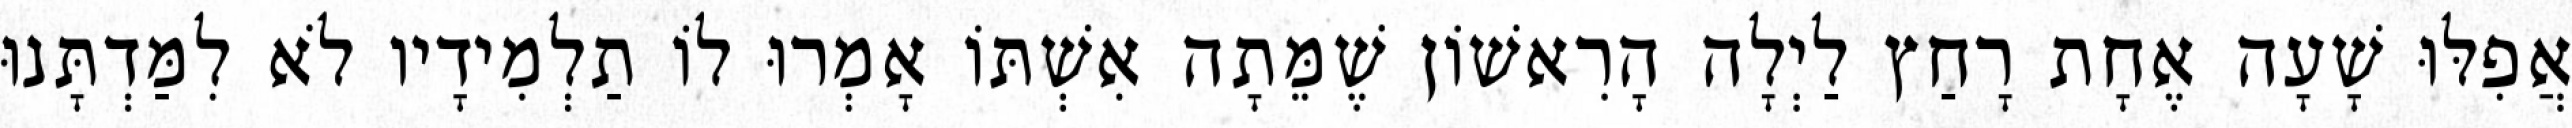
אֲפִלּוּ שָׁעָה אֶחָת רָחַץ לַיְלָה הָרִאשׁוֹן שֶׁמֵּתָה אִשְׁתּוֹ אָמְרוּ לוֹ תַלְמִידָיו לֹא לִמַּדְתָּנוּ